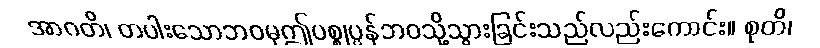
အာဂတိ၊ တပါးသောဘဝမှဤပစ္စုပ္ပန်ဘဝသို့သွားခြင်းသည်လည်းကောင်း။ စုတိ၊